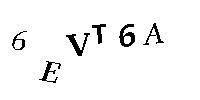
6EVT6A